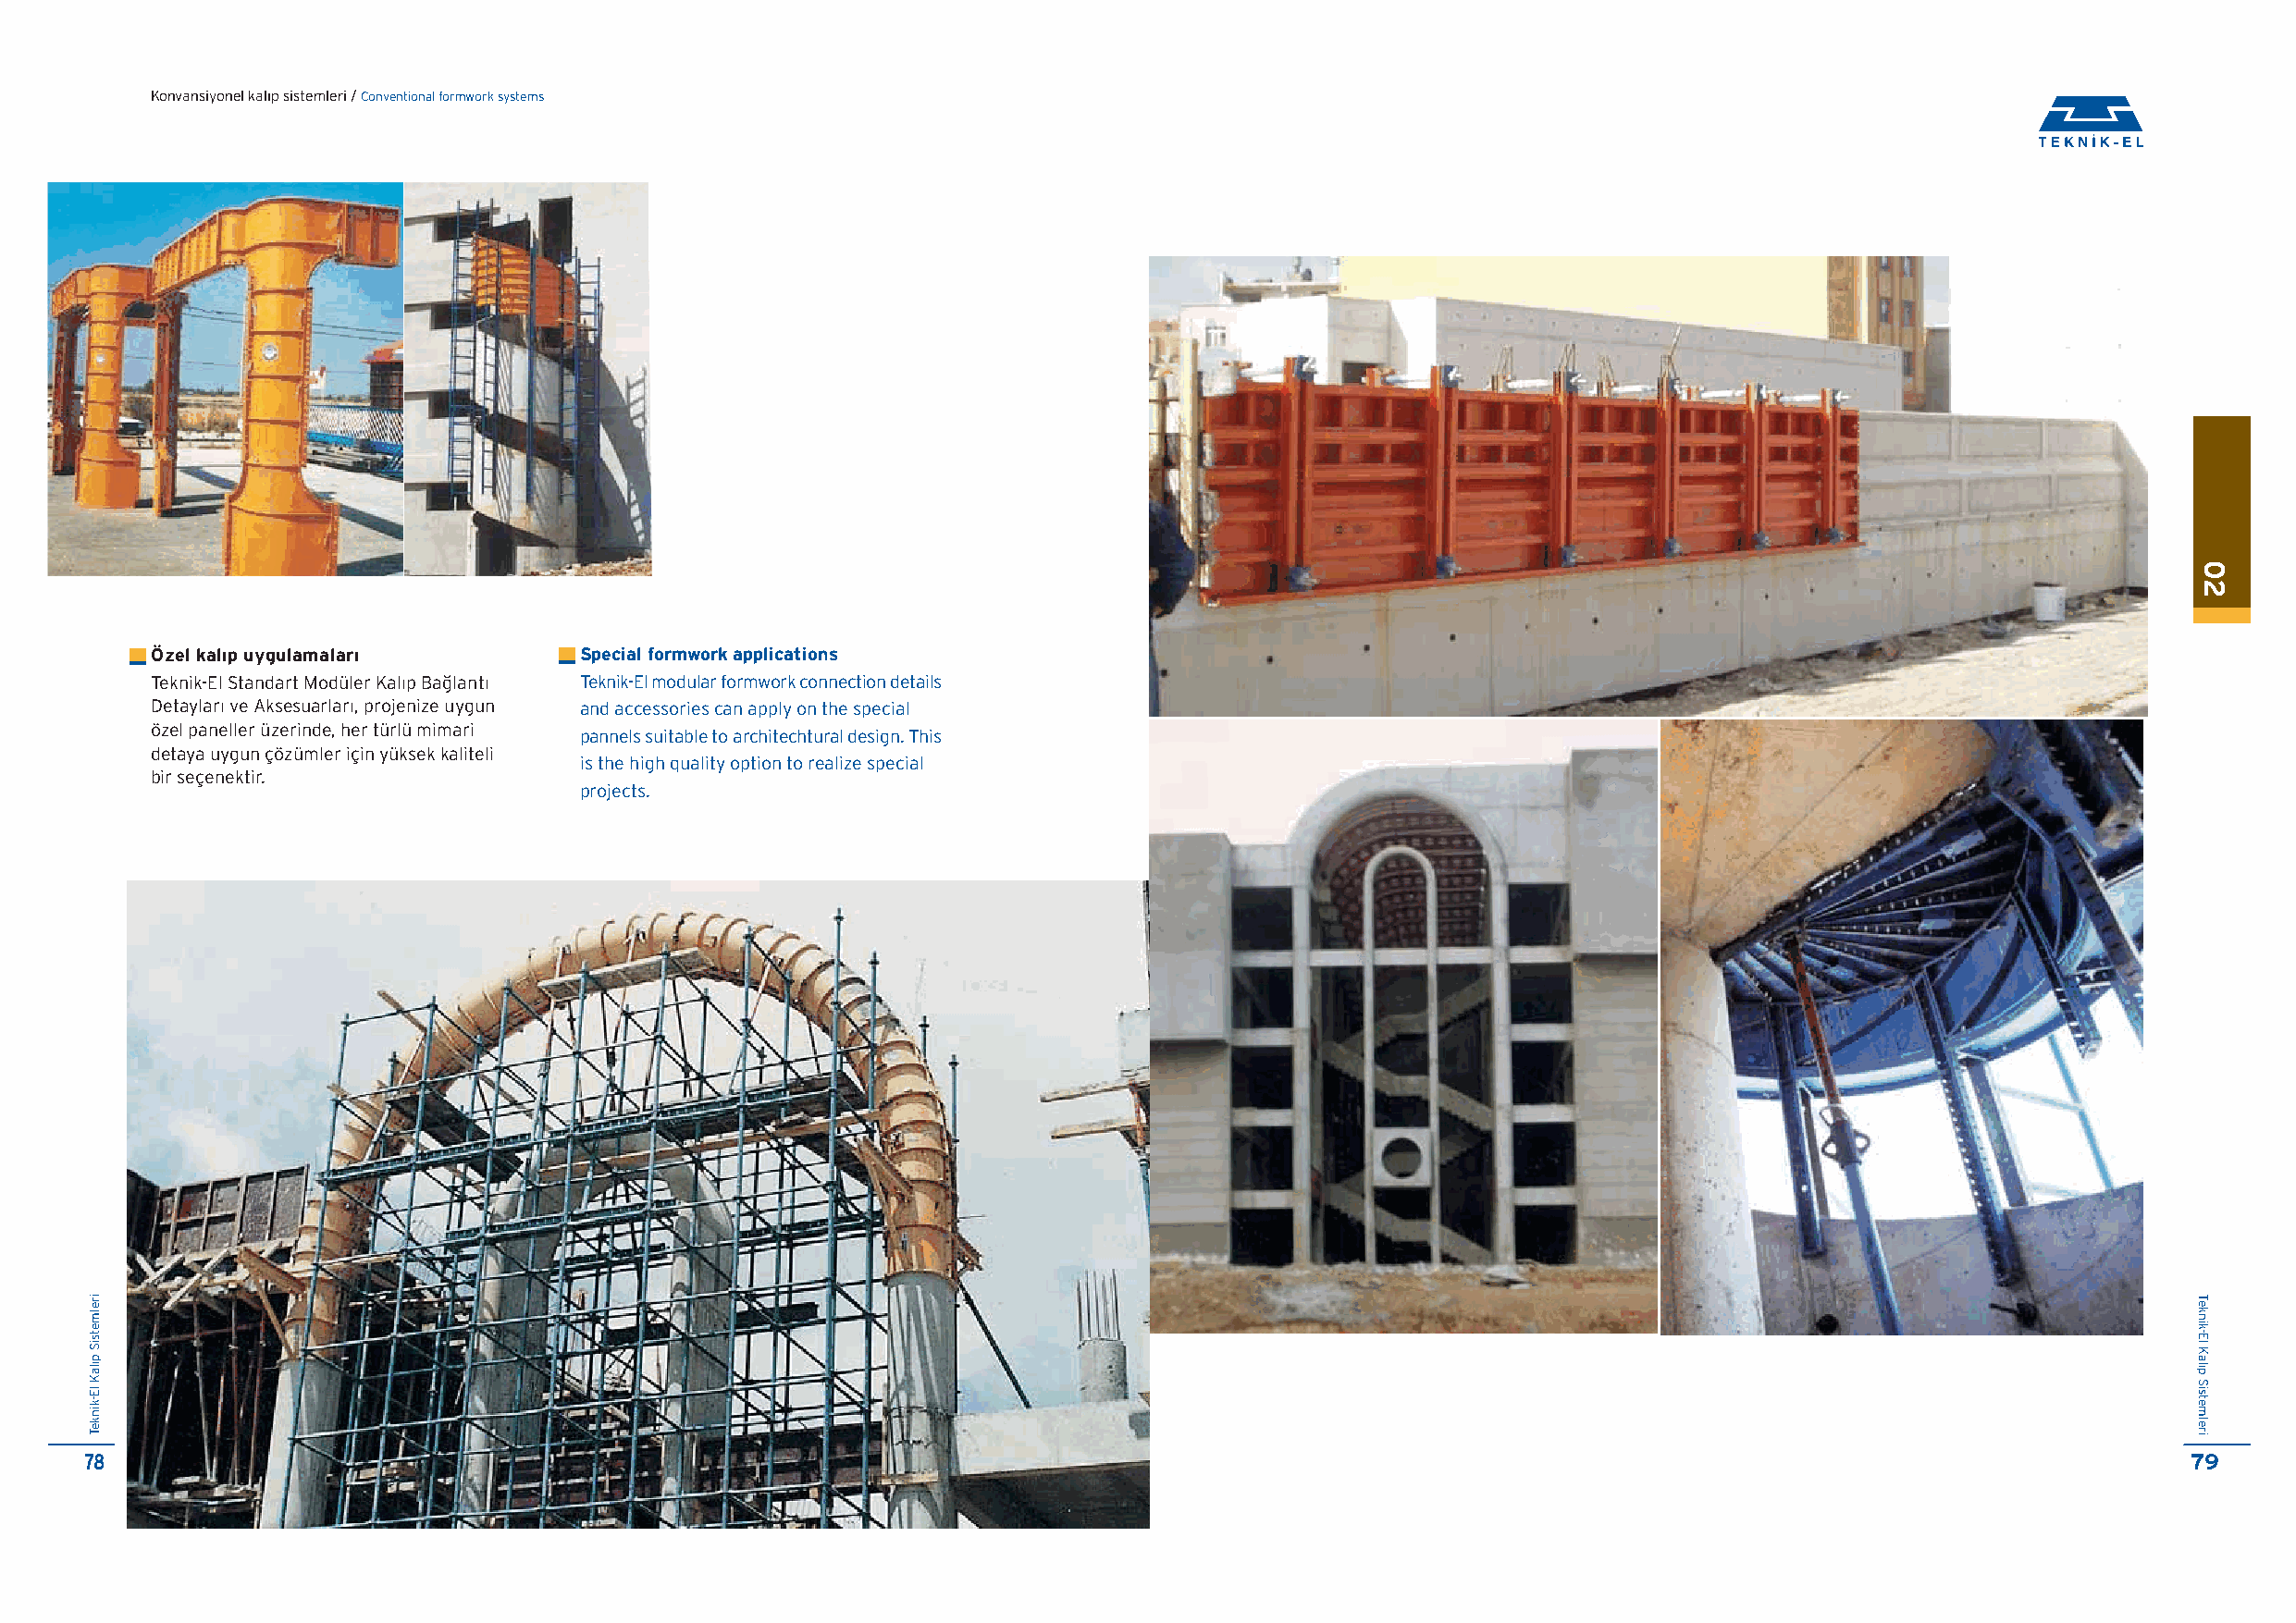
Konvansiyonel kal›p sistemleri / Conventional formwork systems
 Özel kal›p uygulamalar›       Special formwork applications
 Teknik-El Standart Modüler Kalıp Ba¤lantı Teknik-El modular formwork connection details
 Detayları ve Aksesuarları, projenize uygun and accessories can apply on the special
 özel paneller üzerinde, her türlü mimari
 pannels suitable to architechtural design. This
 detaya uygun çözümler için yüksek kaliteli
 is the high quality option to realize special
 bir seçenektir.
 projects.
 78                                                                                                                                                     79
 irelmetsiS
 p›laK
 lE-kinkeT
 02
 Teknik-El
 Kal›p
 Sistemleri